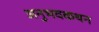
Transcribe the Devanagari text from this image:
अनुभवकथन